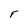
Character: F